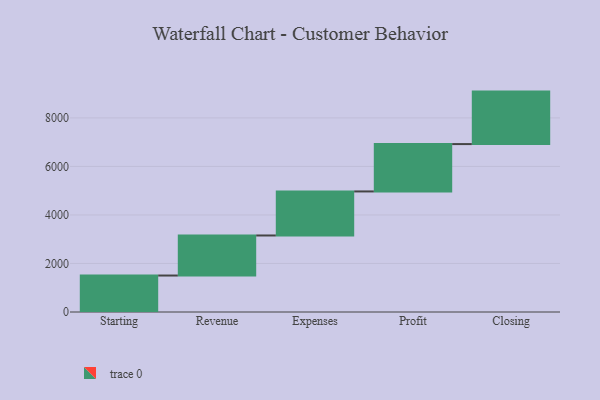
{"axis": {"x": "Step", "y": "Value"}, "legend": [""], "data": [{"x": "Starting", "y": 1503.0, "type": ""}, {"x": "Revenue", "y": 1651.0, "type": ""}, {"x": "Expenses", "y": 1815.0, "type": ""}, {"x": "Profit", "y": 1952.0, "type": ""}, {"x": "Closing", "y": 2163.0, "type": ""}]}